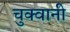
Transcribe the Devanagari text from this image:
चुक्वानी